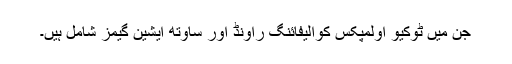
جن میں ٹوکیو اولمپکس کوالیفائنگ راونڈ اور ساوتھ ایشین گیمز شامل ہیں۔